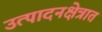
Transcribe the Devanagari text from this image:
उत्पादनक्षेत्रात